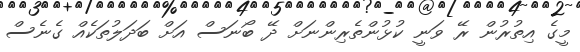
މީގެ އިތުރުން ރޭ ވަނީ ކުޅުންތެރިންނަށް ދޭ ބޯނަސް އަށް ބަދަލުތަކެއް ގެނެސް